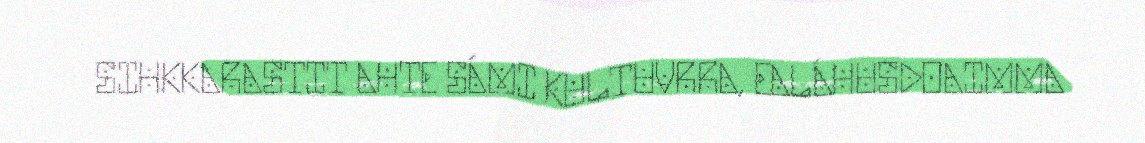
SIHKKARASTIT AHTE SÁMI KULTUVRRA, EALÁHUSDOAIMMA